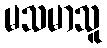
မသမာသူ